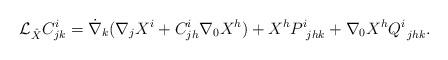
LaTeX: \begin{align*}{\cal{L}}_{\hat{X}}C^{i}_{jk}=\dot{\nabla }_{k} (\nabla_{j} X^{i}+C^{i}_{jh}\nabla_{0} X^{h})+X^{h}P^{i}_{\ jhk}+\nabla_{0} X^{h}Q^{i}_{\ jhk}.\end{align*}